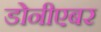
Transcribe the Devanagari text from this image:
डोनीएबर